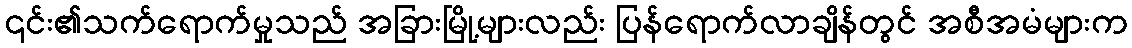
၎င်း၏သက်ရောက်မှုသည် အခြားမြို့များလည်း ပြန်ရောက်လာချိန်တွင် အစီအမံများက